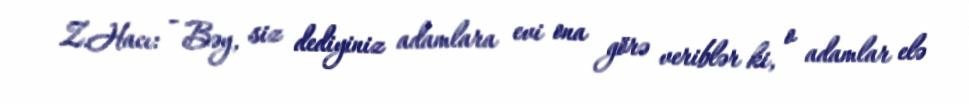
Z.Hacı: - Bəy, siz dediyiniz adamlara evi ona görə veriblər ki, o adamlar elə